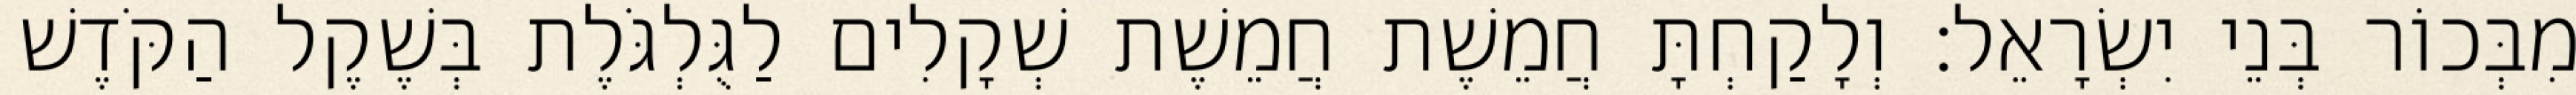
מִבְּכוֹר בְּנֵי יִשְׂרָאֵל׃ וְלָקַחְתָּ חֲמֵשֶׁת חֲמֵשֶׁת שְׁקָלִים לַגֻּלְגֹּלֶת בְּשֶׁקֶל הַקֹּדֶשׁ